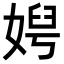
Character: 𡞄